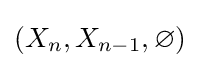
(X_{n},X_{n-1},\varnothing )